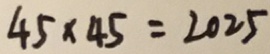
4 5 \times 4 5 = 2 0 2 5